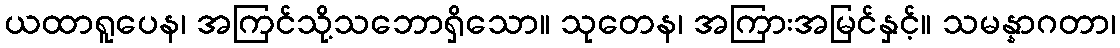
ယထာရူပေန၊ အကြင်သို့သဘောရှိသော။ သုတေန၊ အကြားအမြင်နှင့်။ သမန္နာဂတာ၊